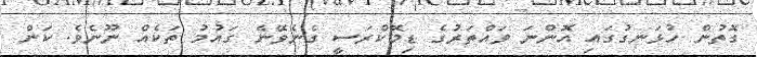
ގޮތުން ހުޅަނގުގައި އޮންނަ ވައްތަރުގެ ޑިމޮކްރަސީ ގެނެވޭނެ ގައުމު ތަކެއް ނޫނެވެ. ކަން